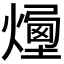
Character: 𤏯